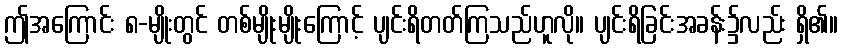
ဤအကြောင်း ၈-မျိုးတွင် တစ်မျိုးမျိုးကြောင့် ပျင်းရိတတ်ကြသည်ဟူလို။ ပျင်းရိခြင်းအခန်း၌လည်း ရှိ၏။